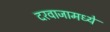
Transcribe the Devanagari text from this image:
दरवाजामध्ये